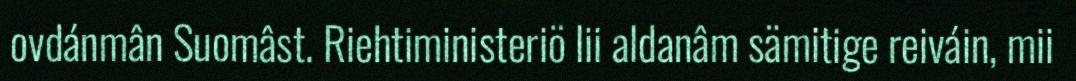
ovdánmân Suomâst. Riehtiministeriö lii aldanâm sämitige reiváin, mii